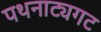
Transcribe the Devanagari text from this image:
पथनाट्यगट